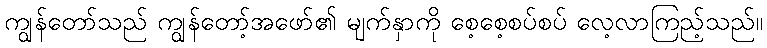
ကျွန်တော်သည် ကျွန်တော့်အဖော်၏ မျက်နှာကို စေ့စေ့စပ်စပ် လေ့လာကြည့်သည်။